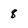
Character: 8